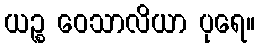
ယဉ္စ ဝေသာလိယာ ပုရေ။